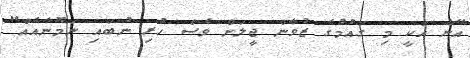
އޭނާ އަކީ މި ގައުމުގެ ޒުވާން ޖީލަށް ވެސް ހުރި ނުބައި ނަމޫނާއެއް"